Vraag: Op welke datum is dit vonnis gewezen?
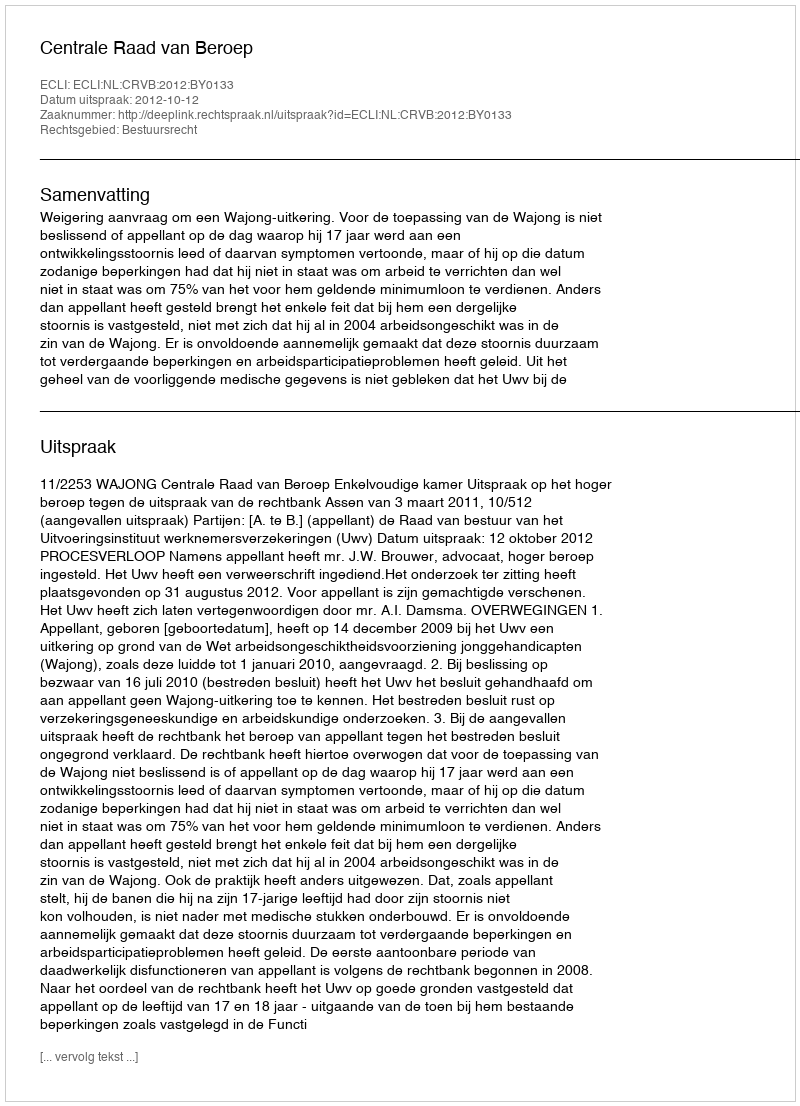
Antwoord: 2012-10-12